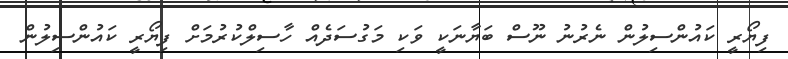
ފިޔޯރީ ކައުންސިލުން ނެރުނު ނޫސް ބަޔާނަކީ ވަކި މަގުސަދެއް ހާސިލްކުރުމަށް ފިޔޯރީ ކައުންސިލުން